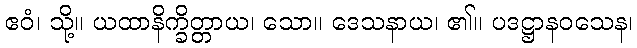
ဧဝံ၊ သို့။ ယထာနိက္ခိတ္တာယ၊ သော။ ဒေသနာယ၊ ၏။ ပဒဋ္ဌာနဝသေန၊